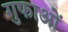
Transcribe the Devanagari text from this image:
गुफाओँ